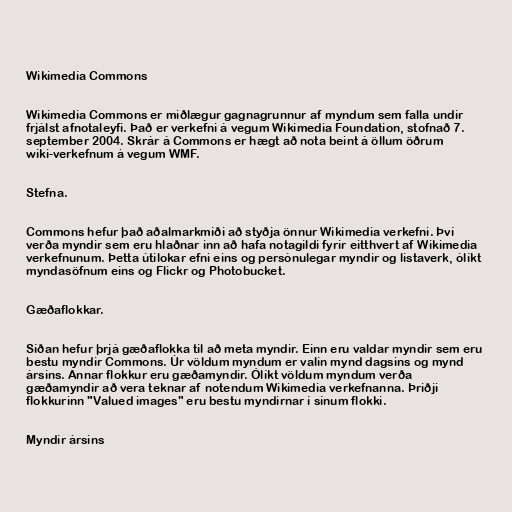
Wikimedia Commons

Wikimedia Commons er miðlægur gagnagrunnur af myndum sem falla undir
frjálst afnotaleyfi. Það er verkefni á vegum Wikimedia Foundation, stofnað 7.
september 2004. Skrár á Commons er hægt að nota beint á öllum öðrum
wiki-verkefnum á vegum WMF.

Stefna.

Commons hefur það aðalmarkmiði að styðja önnur Wikimedia verkefni. Því
verða myndir sem eru hlaðnar inn að hafa notagildi fyrir eitthvert af Wikimedia
verkefnunum. Þetta útilokar efni eins og persónulegar myndir og listaverk, ólíkt
myndasöfnum eins og Flickr og Photobucket.

Gæðaflokkar.

Síðan hefur þrjá gæðaflokka til að meta myndir. Einn eru valdar myndir sem eru
bestu myndir Commons. Úr völdum myndum er valin mynd dagsins og mynd
ársins. Annar flokkur eru gæðamyndir. Ólíkt völdum myndum verða
gæðamyndir að vera teknar af notendum Wikimedia verkefnanna. Þriðji
flokkurinn "Valued images" eru bestu myndirnar í sínum flokki.

Myndir ársins